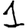
Digit: 1